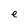
Character: e